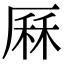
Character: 厤